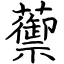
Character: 蘌